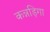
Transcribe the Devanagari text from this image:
कन्नड़िगा